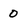
Character: o